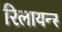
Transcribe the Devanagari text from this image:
रिलायन्स्‍